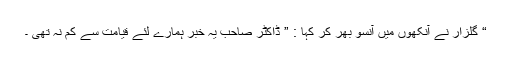
“ گلزار نے آنکھوں میں آنسو بھر کر کہا : ” ڈاکٹر صاحب یہ خبر ہمارے لئے قیامت سے کم نہ تھی ۔